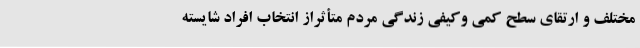
مختلف و ارتقای سطح کمی وکیفی زندگی مردم متأثّراز انتخاب افراد شایسته